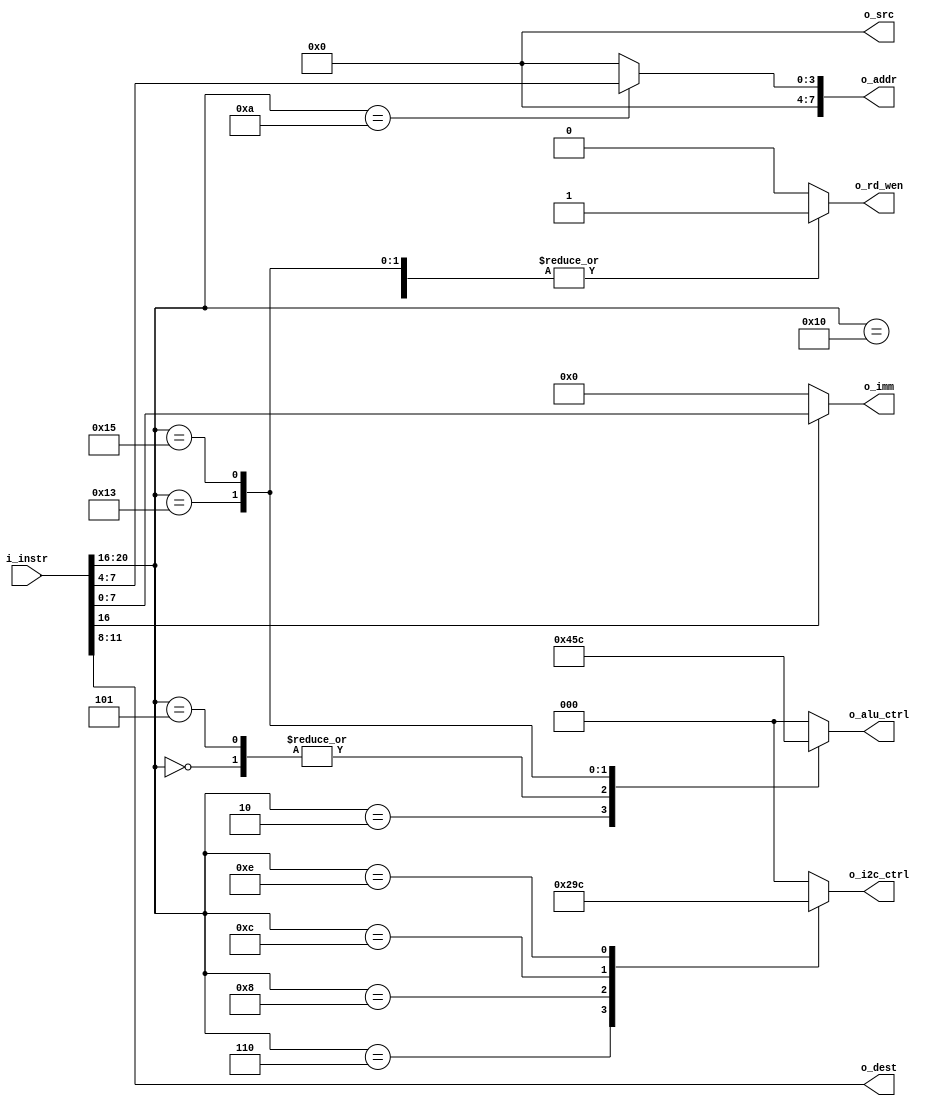
module Decorder(
    input wire [20:0] i_instr, // 
    output wire [3:0] o_dest, // or
    output wire [3:0] o_src, // or
    output wire [7:0] o_imm, // 
    output wire [7:0] o_addr, // 
    output wire [2:0] o_alu_ctrl, // ALU
    output wire o_rd_wen, // 
    output wire [2:0] o_i2c_ctrl // i2c
);

// 
// [20:16] 
// [15:12] destraction
// [11:8] source
// [7:0] 
assign o_alu_ctrl = alu_ctrl(i_instr[20:16]); // ALU
assign o_dest = i_instr[15:8]; // or
assign o_src = src(i_instr[15:12]); // or
assign o_imm = imm(i_instr); // 
assign o_addr = addr(i_instr); // 
assign o_rd_wen = rs_wen(i_instr[20:16]); // 
assign o_i2c_ctrl = i2c_ctrl(i_instr[20:16]); // i2c

// ALU
function [2:0] alu_ctrl(
    input [4:0] w_opcode
    );
    case(w_opcode)
        5'b00000 : alu_ctrl = 3'b001; // ADD
        5'b00010 : alu_ctrl = 3'b010; // SUB
        5'b00101 : alu_ctrl = 3'b001; // ADDI
        5'b10011 : alu_ctrl = 3'b011; // BEQ
        5'b10101 : alu_ctrl = 3'b100; // BEQF
        default : alu_ctrl = 3'b000; // NOP
    endcase
endfunction

// 
function [3:0] src(
    input [20:0] w_instr
    );
    if (w_instr[20:16] != 5'b01010) begin
        src = w_instr[11:8];
    end else begin
        src = 4'b0000;
    end
endfunction

// 
function [7:0] imm(
    input [20:0] w_instr
    );
    if (w_instr[16:16] == 1) begin
        imm = w_instr[7:0];
    end else begin
        imm = 8'b0;
    end
endfunction

// 
function [7:0] addr(
    input [20:0] w_instr
    );
    case(w_instr[20:16])
        5'b01010 : addr = w_instr[7:4];
        default : addr = 4'b0;
    endcase
endfunction

// 
function rs_wen(
    input [4:0] w_opcode
    );
    case(w_opcode)
        5'b00000 : rs_wen = 1'b1; // ADD
        5'b00010 : rs_wen = 1'b1; // SUB
        5'b00101 : rs_wen = 1'b1; // ADDI
        5'b01010 : rs_wen = 1'b1; // LOAD
        5'b10000 : rs_wen = 1'b1; // SETFLAG
        5'b10011 : rs_wen = 1'b1; // BEQ
        5'b10101 : rs_wen = 1'b1; // 
        default : rs_wen = 1'b0;
    endcase
endfunction

// i2c
function [2:0]i2c_ctrl(
    input [4:0] w_opcode
    );
    case(w_opcode)
        5'b00110 : i2c_ctrl = 3'b001 ; // I2CSTART
        5'b01000 : i2c_ctrl = 3'b010 ; // I2CSTOP
        5'b01100 : i2c_ctrl = 3'b011 ; // SENDCON
        5'b01110 : i2c_ctrl = 3'b100 ; // SENDI2C
        default : i2c_ctrl = 3'b000; // NOP
    endcase
endfunction

endmodule